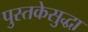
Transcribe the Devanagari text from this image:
पुस्तकेसुद्धा